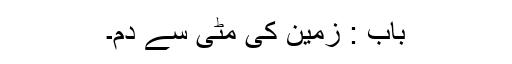
باب : زمین کی مٹی سے دم۔